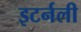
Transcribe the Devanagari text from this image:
इटर्नली